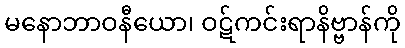
မနောဘာဝနီယော၊ ဝဋ်ကင်းရာနိဗ္ဗာန်ကို